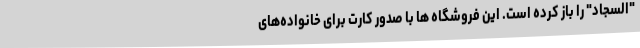
"السجاد" را باز کرده است. این فروشگاه ها با صدور کارت برای خانواده‌های